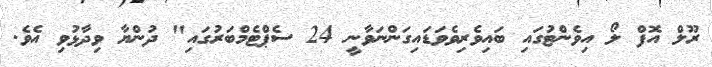
ރޫލް އޮފް ލޯ އިވެންޓުގައި ބައިވެރިވެވަޑައިގަންނަވާނީ 24 ސެޕްޓެމްބަރުގައި" ދުންޔާ ވިދާޅުވި އެވެ.